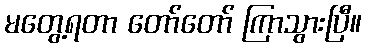
မတွေ့ရတာ တော်တော် ကြာသွားပြီ။